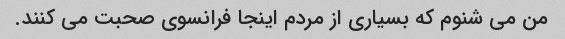
من می شنوم که بسیاری از مردم اینجا فرانسوی صحبت می کنند.